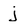
Character: j